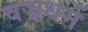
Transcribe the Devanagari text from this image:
वज्रधर्म